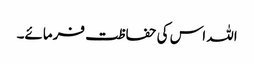
اللہ اس کی حفاظت فرمائے۔